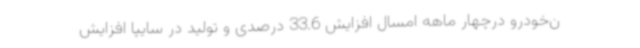
ن‌خودرو درچهار ماهه امسال افزایش 33.6 درصدی و تولید در سایپا افزایش